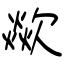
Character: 歘